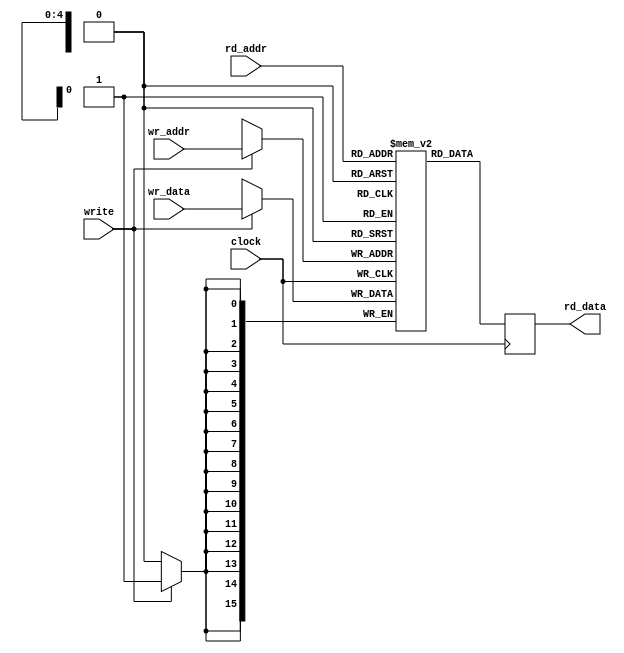


module ram32 (input clock, input write, 
	      input [4:0] wr_addr, input [15:0] wr_data,
	      input [4:0] rd_addr, output reg [15:0] rd_data);

   reg [15:0] 		ram_array [0:31];

   always @(posedge clock)
     rd_data <= #1 ram_array[rd_addr];

   always @(posedge clock)
     if(write)
       ram_array[wr_addr] <= #1 wr_data;

endmodule // ram32